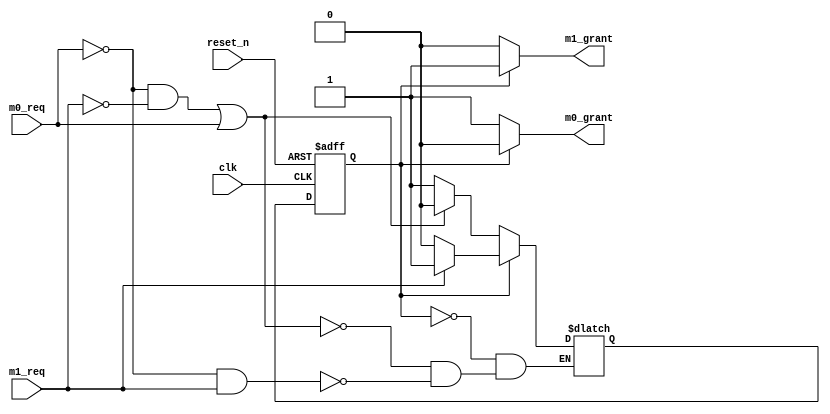
module bus_arbit(clk, reset_n, m0_req, m1_req, m0_grant, m1_grant);

	//input ports & output ports
	input clk, reset_n, m0_req, m1_req;
	output reg m0_grant, m1_grant;
	
	reg state, next_state;
	
	// parameters
	parameter M0 = 1'b0;
	parameter M1 = 1'b1;
	
	// sequential
	always @ (negedge reset_n or posedge clk) begin
		if(reset_n == 1'b0) state <= M0;
		else state <= next_state;
	end
	
	// combinational
	always @ (*) begin
		if(state == M0) begin
			// next_state logic
			if((m0_req == 1'b0 && m1_req == 1'b0) || (m0_req == 1'b1)) next_state <= M0;
			else if ((m0_req == 1'b0) && (m1_req == 1'b1)) next_state <= M1;
			
			// output
			m0_grant <= 1'b1;
			m1_grant <= 1'b0;
		end
		else begin
			// next_state logic
			if(m1_req == 1'b0) next_state <= M0;
			else if (m1_req == 1'b1) next_state <= M1;
			
			// output 
			m0_grant <= 1'b0;
			m1_grant <= 1'b1;
		end
	end
	

endmodule